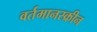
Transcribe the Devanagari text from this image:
वर्तमानस्क्रीन